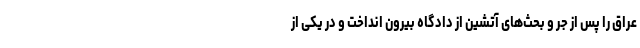
عراق را پس از جر و بحث‌های آتشین از دادگاه بیرون انداخت و در یکی از